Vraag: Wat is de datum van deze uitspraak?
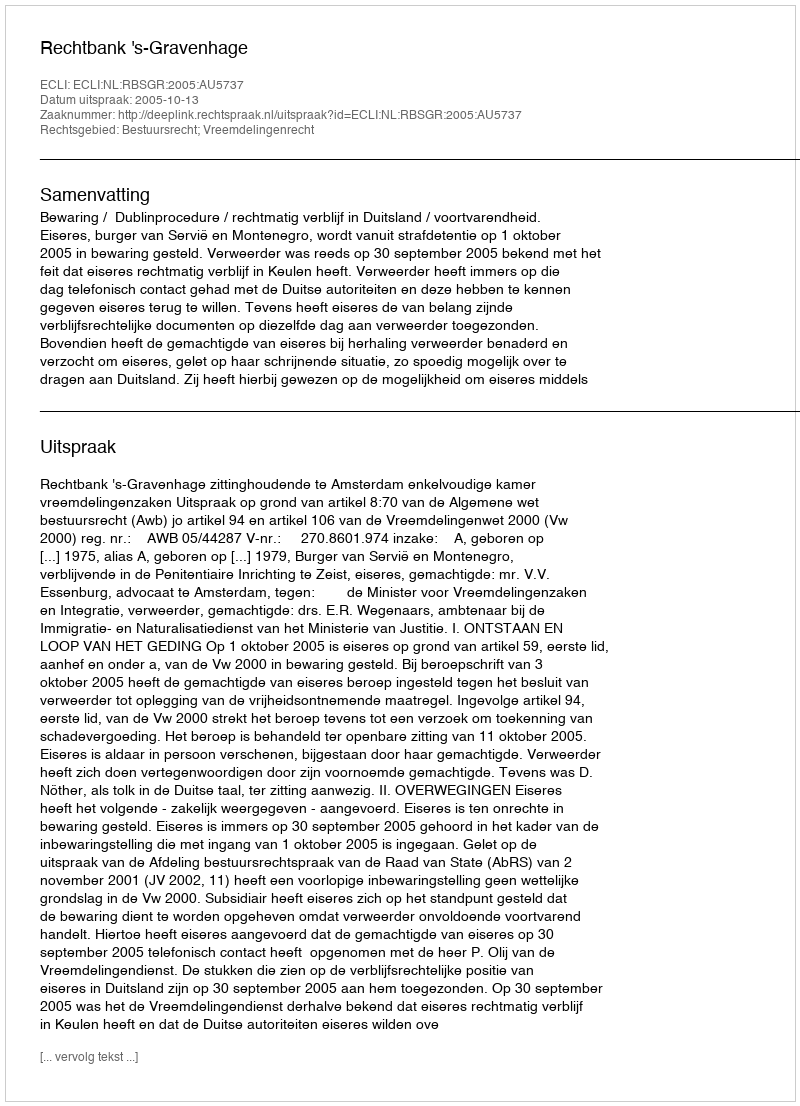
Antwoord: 2005-10-13